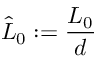
\hat { L } _ { 0 } : = \frac { L _ { 0 } } { d }